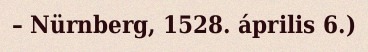
– Nürnberg, 1528. április 6.)